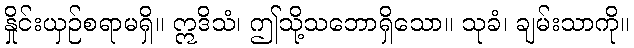
နှိုင်းယှဉ်စရာမရှိ။ ဣဒိသံ၊ ဤသို့သဘောရှိသော။ သုခံ၊ ချမ်းသာကို။